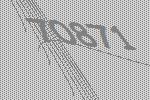
70871